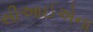
સીઆઈએના